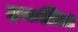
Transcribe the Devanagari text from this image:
इकत्रित